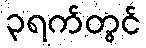
၃ရက်တွင်